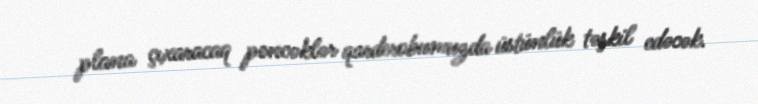
plana çıxaracaq pencəklər qarderobumuzda üstünlük təşkil edəcək.